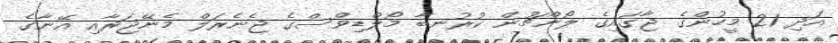
އަދި 21 މީހުންގެ ޖާގައިގެ ލޯންޗުން ކުރުނބާ މޯލްޑިވްސްގެ ޖެނެރަލް މެނޭޖަރާއި އޭނާގެ